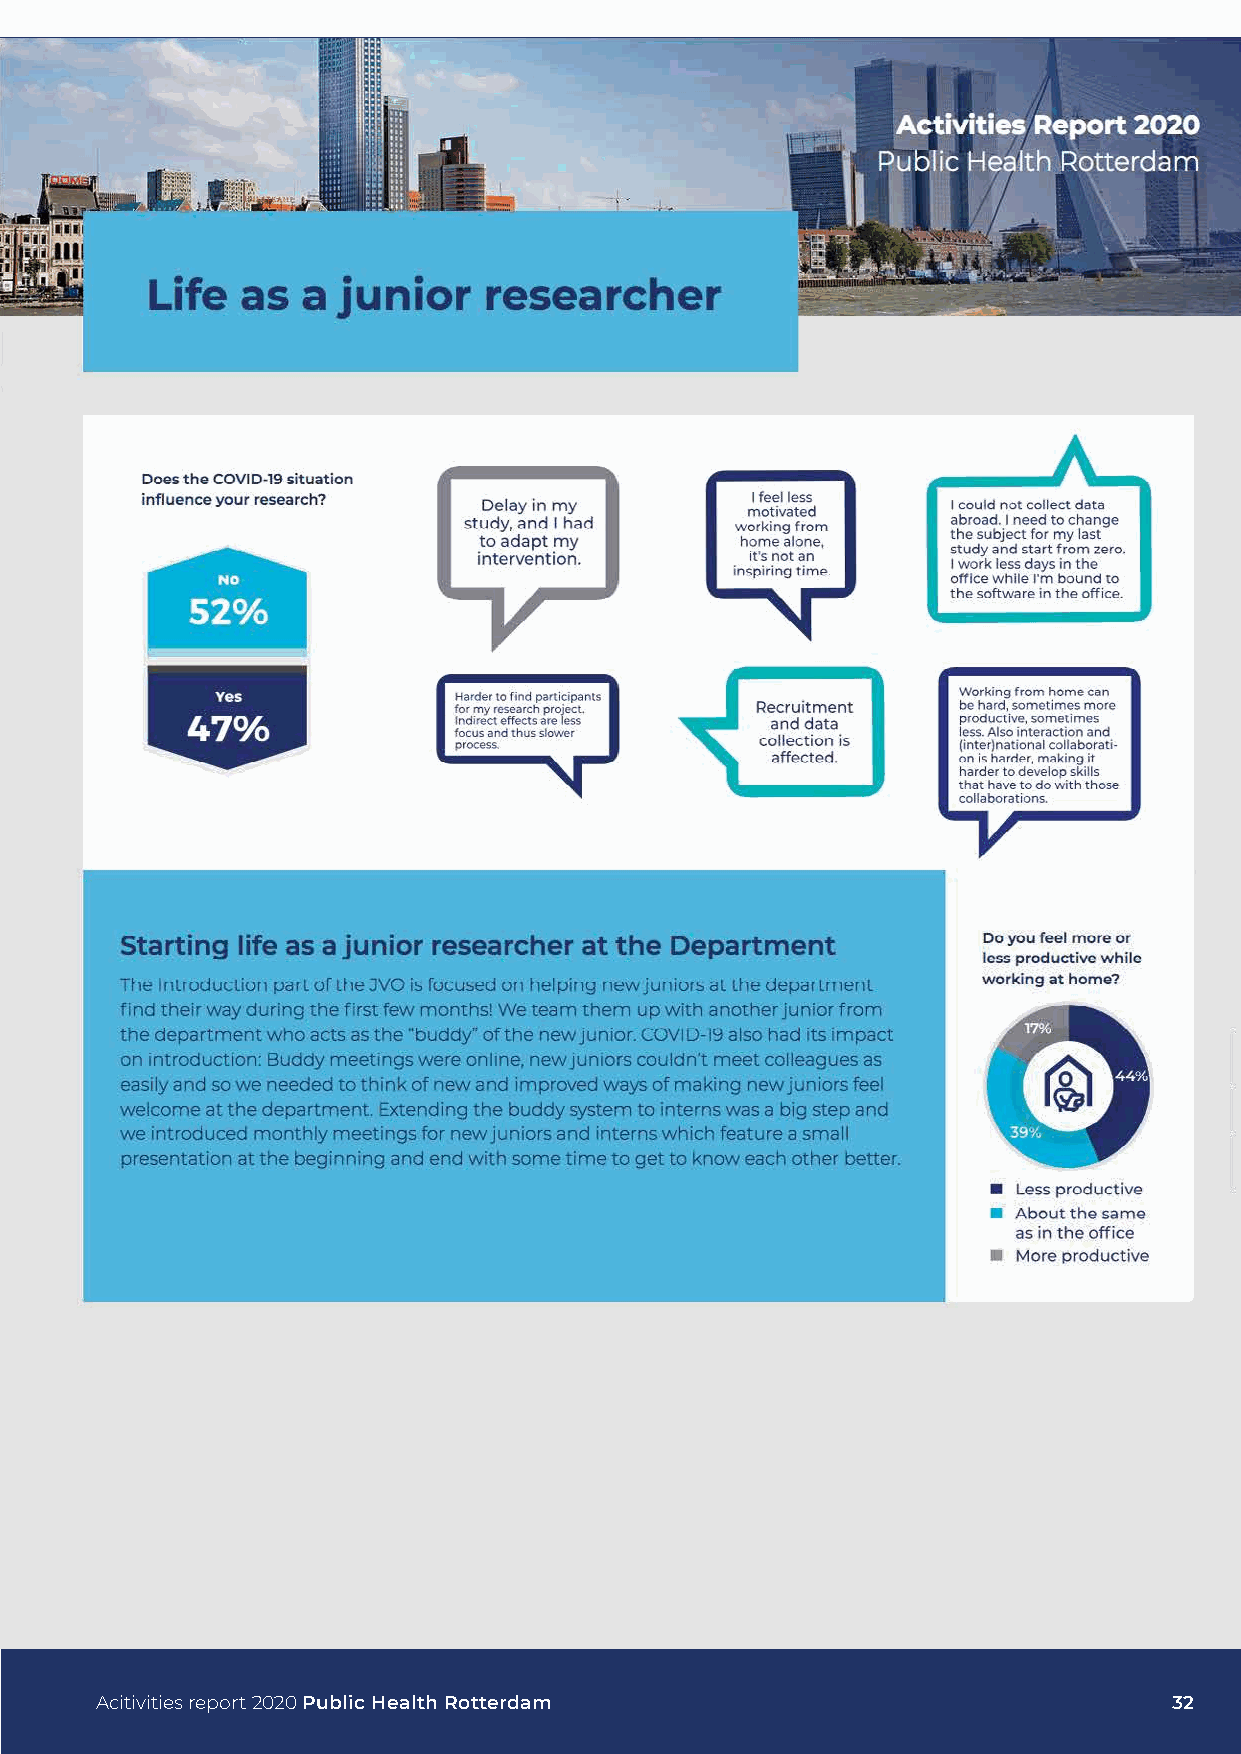
Acitivities report 2020 Public Health Rotterdam                         32